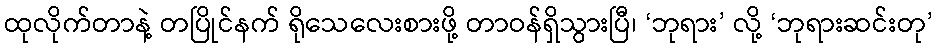
ထုလိုက်တာနဲ့ တပြိုင်နက် ရိုသေလေးစားဖို့ တာဝန်ရှိသွားပြီ၊ ‘ဘုရား’ လို့ ‘ဘုရားဆင်းတု’